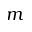
\boldsymbol { m }